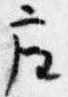
座